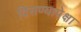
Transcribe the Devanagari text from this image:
दिसण्यापेक्षा